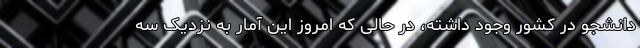
دانشجو در کشور وجود داشته، در حالی که امروز این آمار به نزدیک سه